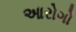
આરોગો